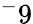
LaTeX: ^-9